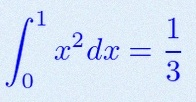
\int_0^1 x^2dx=\frac13